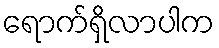
ရောက်ရှိလာပါက